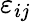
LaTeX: \varepsilon_{ij}